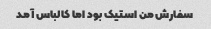
سفارش من استیک بود اما کالباس آمد